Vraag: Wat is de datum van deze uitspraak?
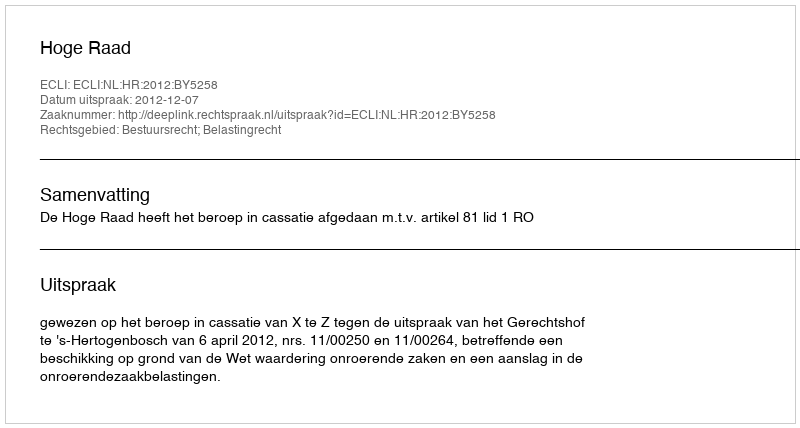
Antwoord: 2012-12-07